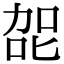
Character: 㖙